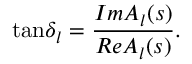
\mathrm { t a n } { \delta } _ { l } = { \frac { I m { A } _ { l } ( s ) } { R e { A } _ { l } ( s ) } } .